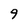
Character: 9